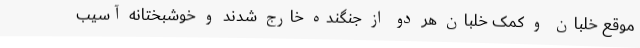
موقع خلبان و کمک خلبان هر دو از جنگنده خارج شدند و خوشبختانه آسیب